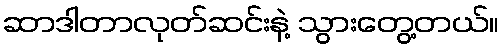
ဆာဒါတာလုတ်ဆင်းနဲ့ သွားတွေ့တယ်။